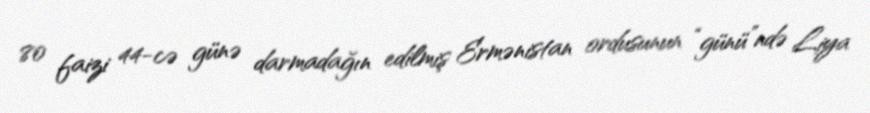
80 faizi 44-cə günə darmadağın edilmiş Ermənistan ordusunun “günü”ndə Liya